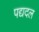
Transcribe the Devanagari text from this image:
पद्यदल